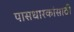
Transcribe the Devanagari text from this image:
पासधारकांसाठी